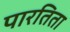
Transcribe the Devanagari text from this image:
पारतिता